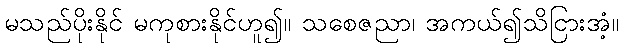
မသည်ပိုးနိုင် မကုစားနိုင်ဟူ၍။ သစေဇညာ၊ အကယ်၍သိငြားအံ့။